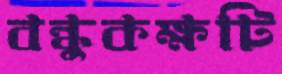
বন্ধুকক্ষটি